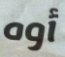
أوه